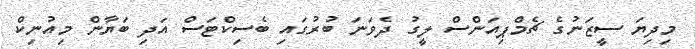
މިދިޔަ ސީޒަނުގެ ޗެމްޕިއަންސް ލީގު ދެވަނަ ބުރުގައި ބެސިކްޓަސް އަދި ބަޔާން މިއުނިކް